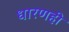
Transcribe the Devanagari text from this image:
धारणही